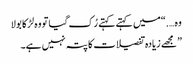
وہ ….“میں کہتے کہتے رُک گیا تو وہ لڑکا بولا
” مجھے زیادہ تفصیلات کا پتہ نہیں ہے۔